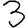
Digit: 3